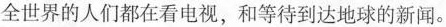
全世界的人们都在看电视,和等待到达地球的新闻.